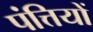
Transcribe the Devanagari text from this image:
पंत्तियों